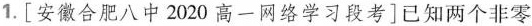
1.[安徽合肥八中2020高一网络学习段考]已知两个非零